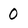
Character: 0